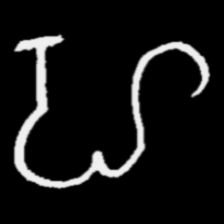
Pyu character \u2014 Myanmar letter: ဟ (romanized: ha)